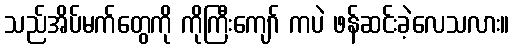
သည်အိပ်မက်တွေကို ကိုကြီးကျော် ကပဲ ဖန်ဆင်းခဲ့လေသလား။